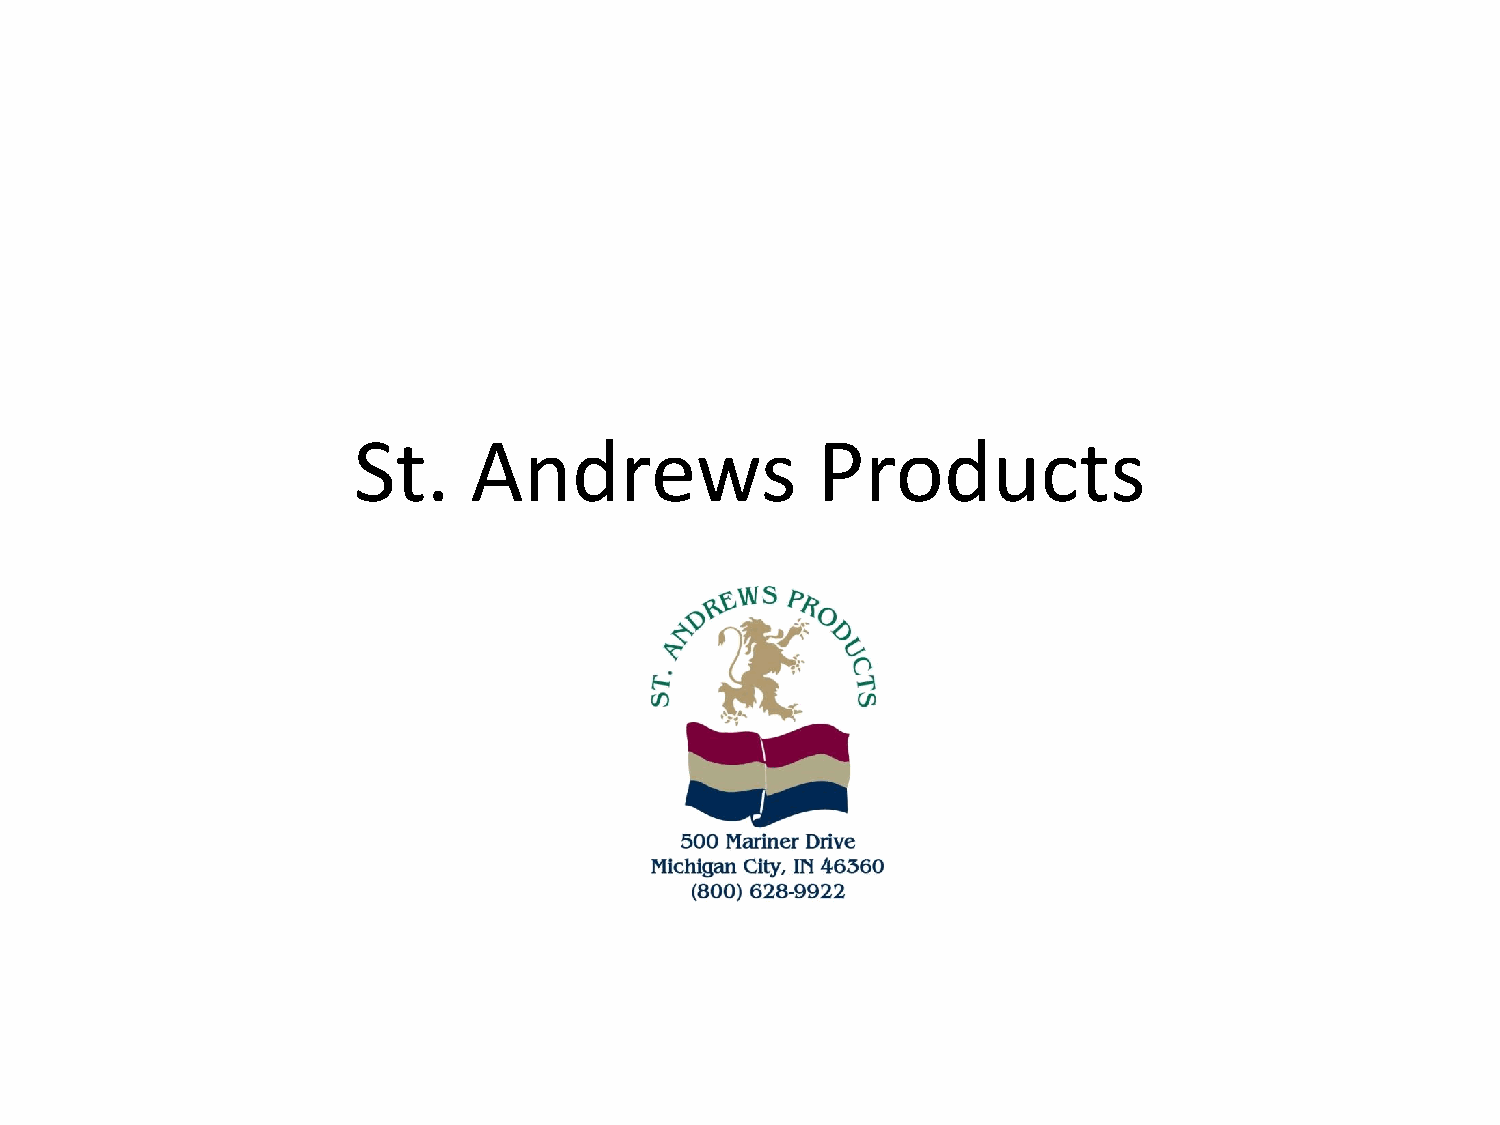
St.     Andrews                Products